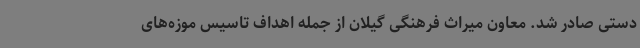
دستی صادر شد. معاون میراث فرهنگی گیلان از جمله اهداف تاسیس موزه‌های